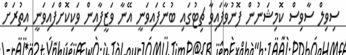
ސިވިލް ސާވިސް ކޮމިޝަނުން ފޮނުވާފައިވާ ޗިޓުގައި ބުނެފައިވަނީ އޭނާ ވަޒީފާއިން ވަކިކޮށްފައިވަނީ އިތުރަށް